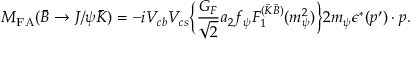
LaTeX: M _ { \mathrm { F A } } ( \bar { B } \rightarrow J / \psi \bar { K } ) = - i V _ { c b } V _ { c s } \Bigl \{ { \frac { G _ { F } } { \sqrt { 2 } } } a _ { 2 } f _ { \psi } F _ { 1 } ^ { ( \bar { K } \bar { B } ) } ( m _ { \psi } ^ { 2 } ) \Bigr \} 2 m _ { \psi } \epsilon ^ { * } ( p ^ { \prime } ) \cdot p .